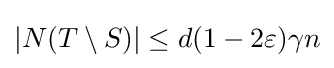
|N(T\setminus S)|\leq d(1-2\varepsilon )\gamma n